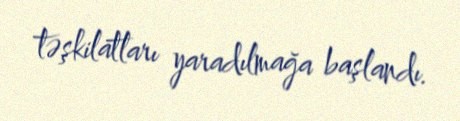
təşkilatları yaradılmağa başlandı.